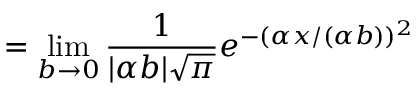
= \operatorname* { l i m } _ { b \to 0 } { \frac { 1 } { | \alpha b | { \sqrt { \pi } } } } e ^ { - ( \alpha x / ( \alpha b ) ) ^ { 2 } }